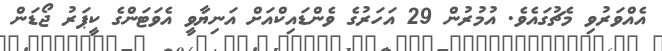
އެއްވަރުވި މެޗުގައެވެ. އުމުރުން 29 އަހަރުގެ ވެންޑައިކްއަށް އަނިޔާވީ އެވަޓަންގެ ކީޕަރު ޖޯޑަން